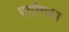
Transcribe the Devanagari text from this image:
एदोगवा